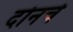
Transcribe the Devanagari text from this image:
दोनचे